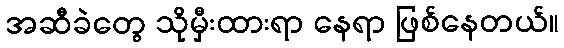
အဆီခဲတွေ သိုမှီးထားရာ နေရာ ဖြစ်နေတယ်။